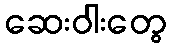
ဆေးဝါးတွေ